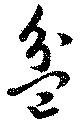
盆